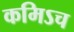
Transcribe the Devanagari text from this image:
कमिऽच